Report on leprosy in the North-Western Provinces
Disease focus: Leprosy
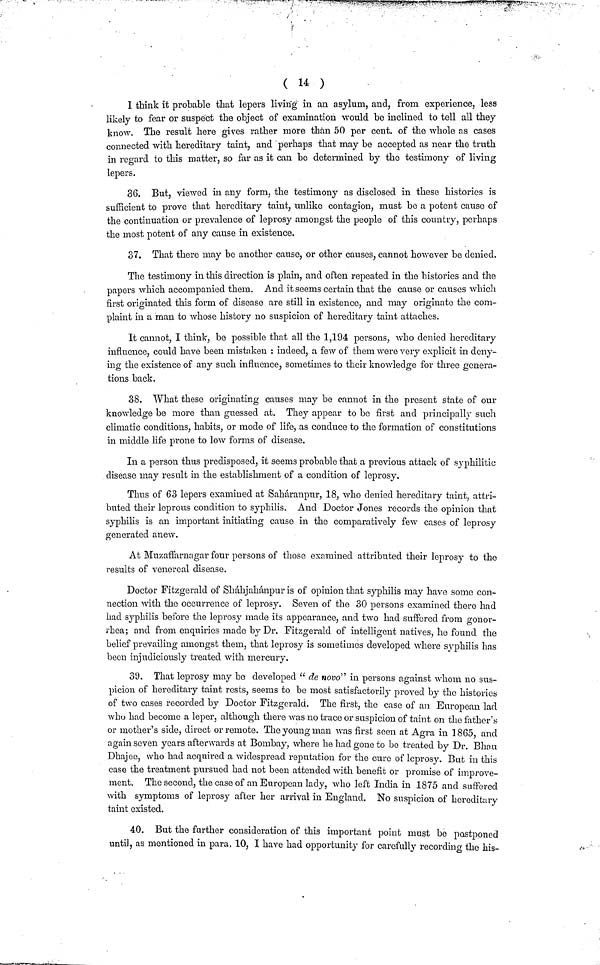
( 14 )
I think it probable that lepers living in an asylum, and, from experience, less
likely to fear or suspect the object of examination would be inclined to tell all they
know. The result here gives rather more than 50 per cent, of the whole as cases
connected with hereditary taint, and perhaps that may be accepted as near the truth
in regard to this matter, so far as it can be determined by the testimony of living
lepers.
36. But, viewed in any form, the testimony as disclosed in these histories is
sufficient to prove that hereditary taint, unlike contagion, must bo a potent cause of
the continuation or prevalence of leprosy amongst the people of this country, perhaps
the most potent of any cause in existence.
37. That there may be another cause, or other causes, cannot however be denied.
The testimony in this direction is plain, and often repeated in the histories and the
papers which accompanied them. And it seems certain that the cause or causes which
first originated this form of disease are still in existence, and may originate the com-
plaint in a man to whose history no suspicion of hereditary taint attaches.
It cannot, I think, be possible that all the 1,194 persons, who denied hereditary
influence, could have been mistaken : indeed, a few of them were very explicit in deny-
ing the existence of any such influence, sometimes to their knowledge for three genera-
tions back.
38. What these originating causes may be cannot in the present state of our
knowledge be more than guessed at. They appear to be first and principally such
climatic conditions, habits, or mode of life, as conduce to the formation of constitutions
in middle life prone to low forms of disease.
In a person thus predisposed, it seems probable that a previous attack of syphilitic
disease may result in the establishment of a condition of leprosy.
Thus of 63 lepers examined at Saháranpur, 18, who denied hereditary taint, attri-
buted their leprous condition to syphilis. And Doctor Jones records the opinion that
syphilis is an important initiating cause in the comparatively few cases of leprosy
generated anew.
At Muzaffarnagar four persons of those examined attributed their leprosy to the
results of venereal disease.
Doctor Fitzgerald of Sháhjahánpur is of opinion that syphilis may have some con-
nection with the occurrence of leprosy. Seven of the 30 persons examined there had
had syphilis before the leprosy made its appearance, and two had suffered from gonor-
rhea; and from enquiries made by Dr. Fitzgerald of intelligent natives, he found the
belief prevailing amongst them, that leprosy is sometimes developed where syphilis has
been injudiciously treated with mercury.
39. That leprosy may be developed "de novo" in persons against whom no sus-
picion of hereditary taint rests, seems to be most satisfactorily proved by the histories
of two cases recorded by Doctor Fitzgerald. The first, the case of an European lad
who had become a leper, although there was no trace or suspicion of taint on the father's
or mother's side, direct or remote. The young man was first seen at Agra in 1865 and
again seven years afterwards at Bombay, where he had gone to be treated by Dr. Bhau
Dhajee, who had acquired a widespread reputation for the cure of leprosy. But in this
case the treatment pursued had not been attended with benefit or promise of improve-
ment. The second, the case of an European lady, who left India in 1875 and suffered
with symptoms of leprosy after her arrival in England. No suspicion of hereditary
taint existed.
40. But the further consideration of this important point must bo postponed
until, as mentioned in para, 10, I have had opportunity for carefully recording the his-